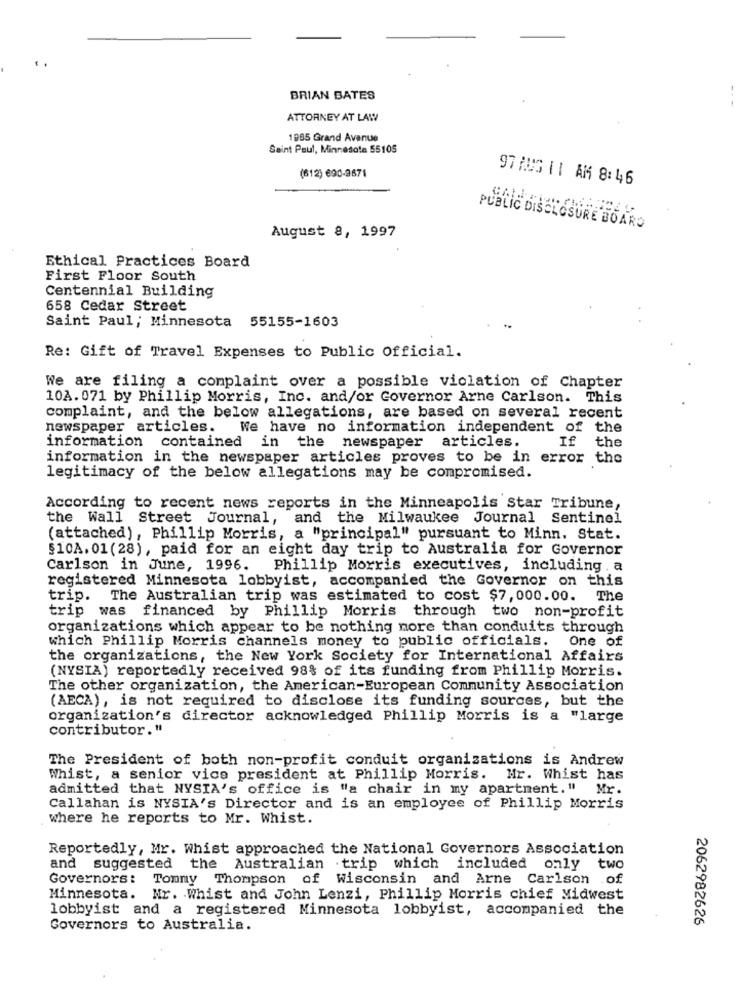
BRIAN BATES
ATTORNEY AT LAW
1885 Grand Avenue
Saint Paul, Minnesota 55105
(612) 690-9671
97 AUG 1 1 AM 8: 46
August 8, 1997
PUBLIC DISCLOSURE BOARD
Ethical Practices Board
First Floor South
Centennial Building
658 Cedar Street
Saint Paul; Minnesota 55155-1603
Re: Gift of Travel Expenses to Public Official.
We are filing a complaint over a possible violation of Chapter
10A. 071 by Phillip Morris, Inc. and/or Governor Arne Carlson. This
complaint, and the below allegations, are based on several recent
newspaper articles.
We have no information independent of the
information contained in the newspaper articles.
If the
information in the newspaper articles proves to be in error the
legitimacy of the below allegations may be compromised.
According to recent news reports in the Minneapolis star Tribune,
the Wall Street Journal, and the Milwaukee Journal Sentinel
(attached), Phillip Morris, a "principal" pursuant to Minn. Stat.
$10A. 01 (28), paid for an eight day trip to Australia for Governor
Carlson in June, 1996. Phillip Morris executives, including . a
registered Minnesota lobbyist, accompanied the Governor on this
trip.
The Australian trip was estimated to cost $7,000.00. The
trip was financed by Phillip Morris through two non-profit
organizations which appear to be nothing more than conduits through
which Phillip Morris channels money to public officials. One of
the organizations, the New York Society for International Affairs
(NYSIA) reportedly received 98% of its funding from Phillip Morris.
The other organization, the American-European Community Association
(AECA), is not required to disclose its funding sources, but the
organization's director acknowledged Phillip Morris is a "large
contributor."
The President of both non-profit conduit organizations is Andrew
Whist, a senior vice president at Phillip Morris. Mr. Whist has
admitted that NYSIA's office is "a chair in my apartment." Mr.
Callahan is NYSIA's Director and is an employee of Phillip Morris
where he reports to Mr. Whist.
Reportedly, Mr. Whist approached the National Governors Association
and suggested the Australian .trip which included only two
Governors: Tommy Thompson of Wisconsin and Arne Carlson .of
Minnesota. Nr. Whist and John Lenzi, Phillip Morris chief Midwest
lobbyist and a registered Minnesota lobbyist, accompanied the
2062982626
Governors to Australia.